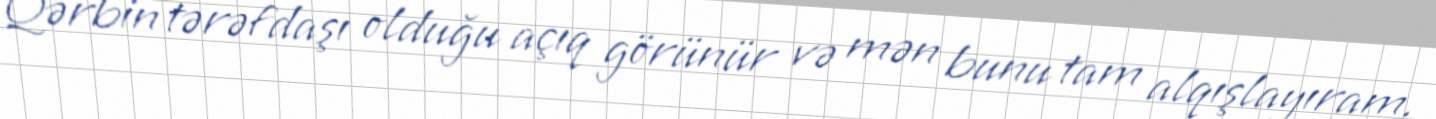
Qərbin tərəfdaşı olduğu açıq görünür və mən bunu tam alqışlayıram.